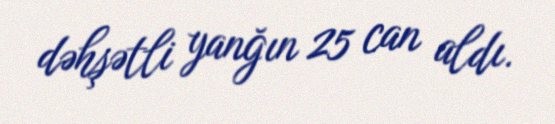
dəhşətli yanğın 25 can aldı.